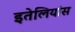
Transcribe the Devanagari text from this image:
इतेलियांस